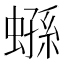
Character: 𧎤